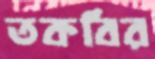
তকবির